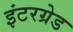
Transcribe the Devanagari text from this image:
इंटरग्रेड